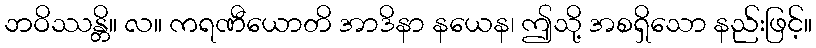
ဘဝိဿန္တိ။ လ။ ကရဏီယောတိ အာဒိနာ နယေန၊ ဤသို့ အစရှိသော နည်းဖြင့်။